Civil Veterinary Department. Madras. Admin. report 1926-33 - 1926-1933
Year: 1926
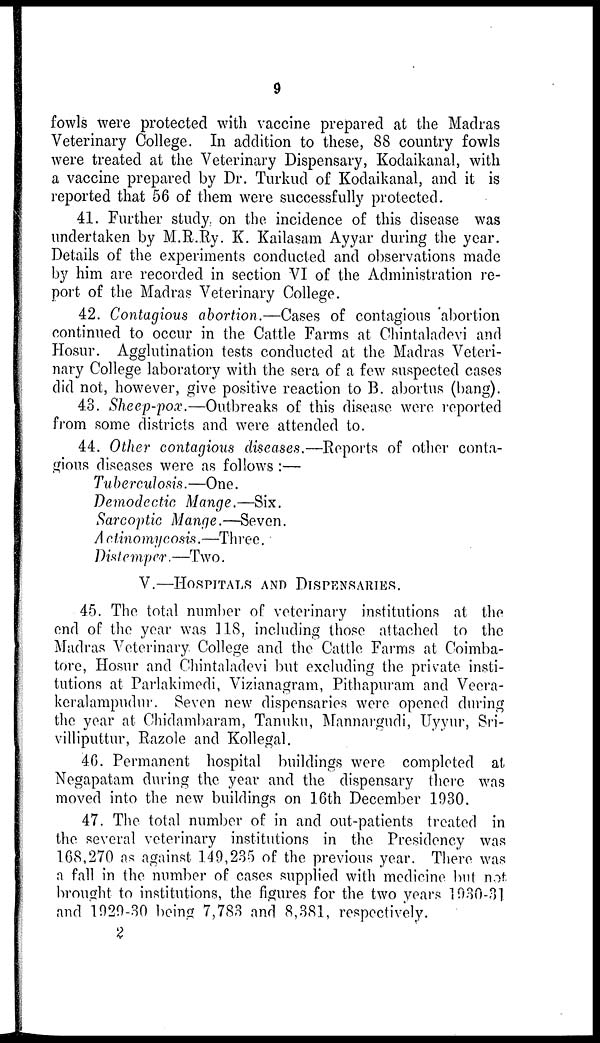
9
fowls were protected with vaccine prepared at the Madras
Veterinary College. In addition to these, 88 country fowls
were treated at the Veterinary Dispensary, Kodaikanal, with
a vaccine prepared by Dr. Turkud of Kodaikanal, and it is
reported that 56 of them were successfully protected.
41. Further study on the incidence of this disease was
undertaken by M.R.Ry. K. Kailasam Ayyar during the year.
Details of the experiments conducted and observations made
by him are recorded in section VI of the Administration re-
port of the Madras Veterinary College.
42. Contagious abortion.—Cases of contagious abortion
continued to occur in the Cattle Farms at Chintaladevi and
Hosur. Agglutination tests conducted at the Madras Veteri-
nary College laboratory with the sera of a few suspected cases
did not, however, give positive reaction to B. abortus (bang).
43. Sheep-pox.—Outbreaks of this disease were reported
from some districts and were attended to.
44. Other contagious diseases.—Reports of other conta-
gious diseases were as follows :—
Tuberculosis.—One.
Demodectic Mange.—Six.
Sarcoptic Mange.—Seven.
Actinomycosis.—Three.
Distemper. —Two.
V.—HOSPITALS AND DISPENSARIES.
45. The total number of veterinary institutions at the
end of the year was 118, including those attached to the
Madras Veterinary College and the Cattle Farms at Coimba-
tore, Hosur and Chintaladevi but excluding the private insti-
tutions at Parlakimedi, Vizianagram, Pithapuram and Veera-
keralampudur. Seven new dispensaries were opened during
the year at Chidambaram, Tanuku, Mannargudi, Uyyur, Sri-
villiputtur, Razole and Kollegal.
46. Permanent hospital buildings were completed at
Negapatam during the year and the dispensary there was
moved into the new buildings on 16th December 1930.
47. The total number of in and out-patients treated in
the several veterinary institutions in the Presidency was
168,270 as against 149,235 of the previous year. There was
a fall in the number of cases supplied with medicine but not
brought to institutions, the figures for the two years 1930-31
and 1929-30 being 7,783 and 8,381, respectively.
2